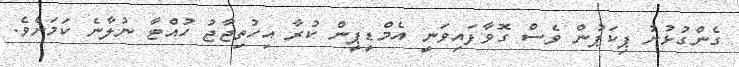
ގެންގުޅުނު ޕިކަޕުން ވެސް ގޮވާފައިވަނީ އެމްޑީޕީން ކުރާ އިހުތިޖާޖު ހުއްޓާ ނުލާނެ ކަމަށެވެ.